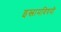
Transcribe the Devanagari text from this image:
इस्लामविषयी